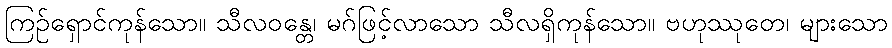
ကြဉ်ရှောင်ကုန်သော။ သီလဝန္တေ၊ မဂ်ဖြင့်လာသော သီလရှိကုန်သော။ ဗဟုဿုတေ၊ များသော